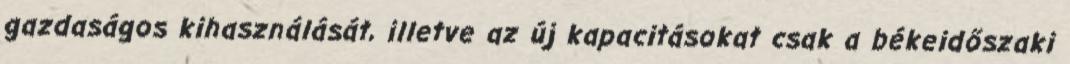
gazdaságos kihasználását, illetve az új kapacitásokat csak a békeidőszaki